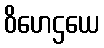
ဝိဟေဌယေ